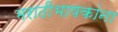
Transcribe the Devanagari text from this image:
मराठीभाषकांना